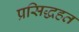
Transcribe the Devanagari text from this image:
प्रसिद्धहत